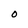
Character: O